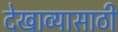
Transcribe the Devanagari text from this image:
देखाव्यासाठी